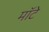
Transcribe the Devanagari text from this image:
मॉटे